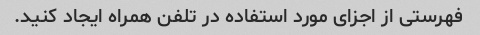
فهرستی از اجزای مورد استفاده در تلفن همراه ایجاد کنید.